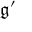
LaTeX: { \mathfrak { g } } ^ { \prime }